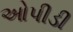
ઓપીડી